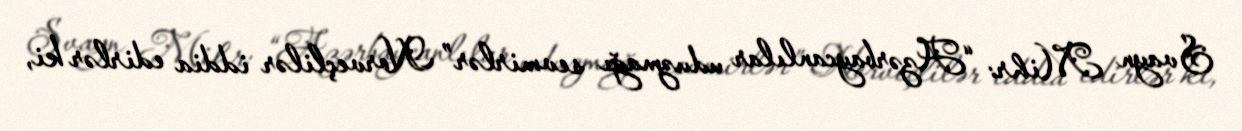
Svayn Mihr: “Azərbaycanlılar uduzmağı sevmirlər” Norveçlilər iddia edirlər ki,